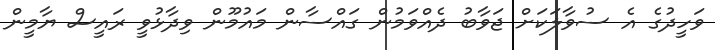
ވަހީދުގެ އެ ސުވާލަކަށް ޖަވާބު ދެއްވަމުން ގައްސާން މައުމޫން ވިދާޅުވީ ރައީސް ޔާމީން